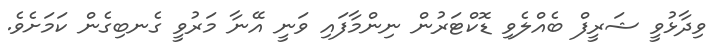
ވިދާޅުވީ ޝަރީފް ބެއްލެވި ޑޮކްޓަރުން ނިންމާފައި ވަނީ އޭނާ މަރުވީ ގެނބިގެން ކަމަށެވެ.